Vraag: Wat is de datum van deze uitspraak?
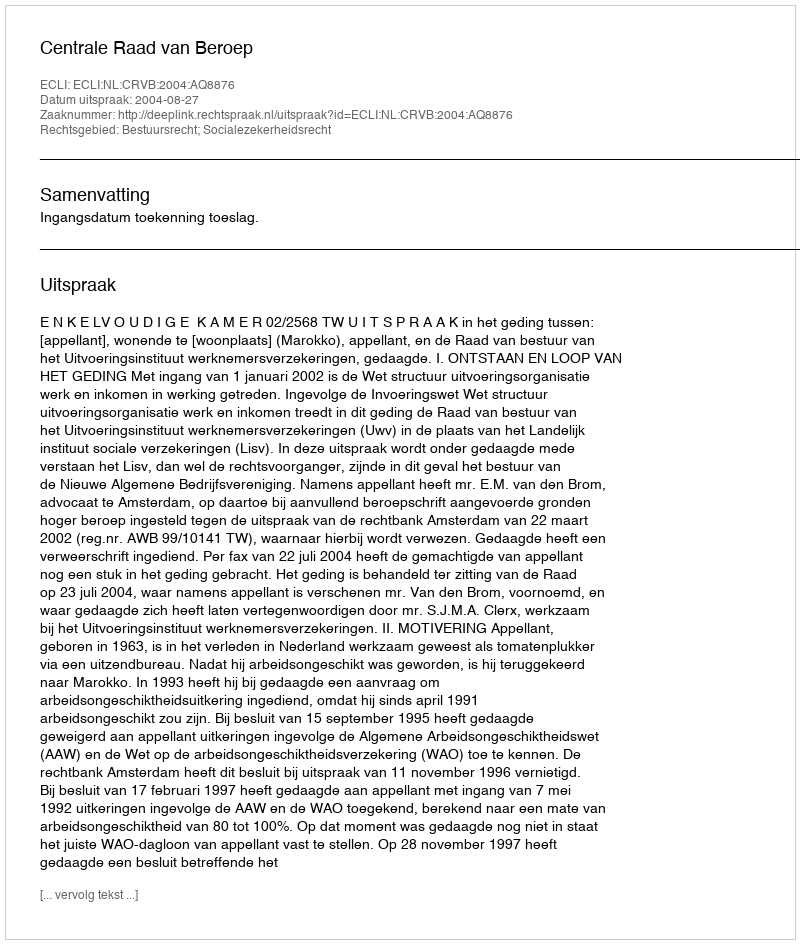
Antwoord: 2004-08-27